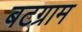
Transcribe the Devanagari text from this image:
बटग्राम